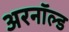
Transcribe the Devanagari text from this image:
अरनॉल्‍ड